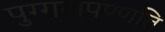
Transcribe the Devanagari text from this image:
पुग्गलपण्णत्ति